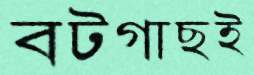
বটগাছই